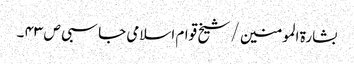
بشارۃ المومنین / شیخ قوام اسلامی جاسبی ص ۴۳ ۔